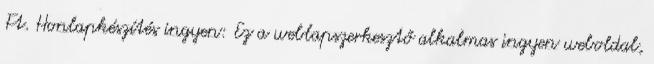
Ft. Honlapkészítés ingyen: Ez a weblapszerkesztő alkalmas ingyen weboldal,